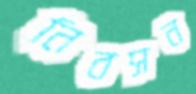
নিবসন